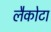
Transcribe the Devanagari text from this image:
लैकोटा